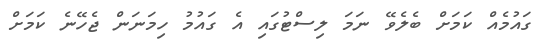
ގައުމެއް ކަމަށް ބެލެވޭ ނަމަ ލިސްޓުގައި އެ ގައުމު ހިމަނަން ޖެހޭނެ ކަމަށް